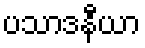
ပသာဒနီယာ